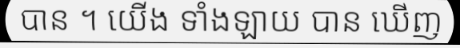
បាន ។ យើង ទាំងឡាយ បាន ឃើញ